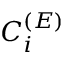
C _ { i } ^ { ( { E } ) }